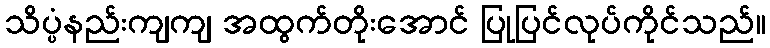
သိပ္ပံနည်းကျကျ အထွက်တိုးအောင် ပြုပြင်လုပ်ကိုင်သည်။